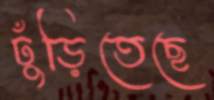
ঢুঁড়িতেছে